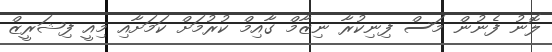
ލޮނު ފެނުން މަސް ފިނިކުރާ ނިޒާމް ގާއިމް ކުރުމަށް ކަމަށާއި މިއީ ފިޝަރީޒް